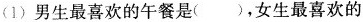
(1)男生最喜欢的午餐是（），女生最喜欢的